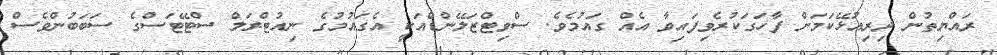
ރައްޔިތުން ދިރިއުޅޭކަމަށް ފާހަގަކުރެވިފައިވާ އެއް ގައުމެވެ. ސްވިޓްޒަލޭންޑްއަކީ އެގައުމުގެ ނިއުޓްރަލް ސްޓޭޓަސްގެ ސަބަބުންވެސް